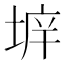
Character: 𡍔